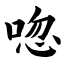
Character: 唿